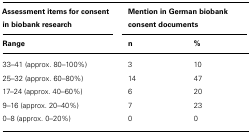
<table><thead><tr><td><b>Assessment items for consent in biobank research</b></td><td colspan="2"><b>Mention in German biobank consent documents</b></td></tr><tr><td><b>Range</b></td><td><b>n</b></td><td><b>%</b></td></tr></thead><tbody><tr><td>33–41 (approx. 80–100%)</td><td>3</td><td>10</td></tr><tr><td>25–32 (approx. 60–80%)</td><td>14</td><td>47</td></tr><tr><td>17–24 (approx. 40–60%)</td><td>6</td><td>20</td></tr><tr><td>9–16 (approx. 20–40%)</td><td>7</td><td>23</td></tr><tr><td>0–8 (approx. 0–20%)</td><td>0</td><td>0</td></tr></tbody></table>